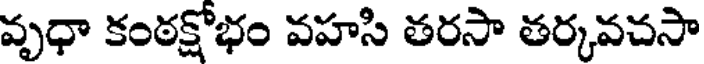
వృధా కంఠక్షోభం వహసి తరసా తర్కవచసా